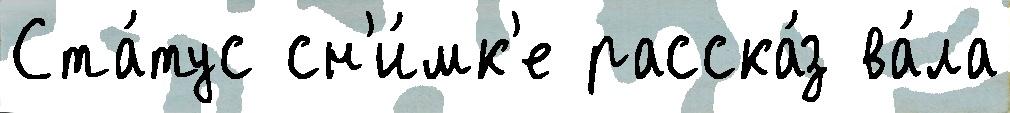
Ста́тус сн'и́мк'е расска́з ва́ла